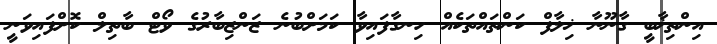
އިންތިޚާބީ ގާނޫނާ ޚިލާފް ކަންތައްތަކެއް ހިނގާފައިވާ ކަމަށްބުނެ ޒަންޒިބާރުގެ ވޯޓް ބާތިލް ކޮށްފައިވަނީ